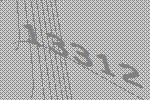
13312